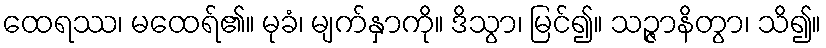
ထေရဿ၊ မထေရ်၏။ မုခံ၊ မျက်နှာကို။ ဒိသွာ၊ မြင်၍။ သဉ္ဇာနိတွာ၊ သိ၍။